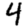
Digit: 4